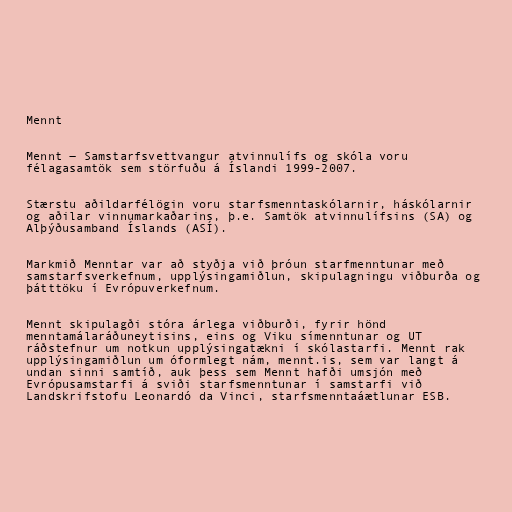
Mennt

Mennt ― Samstarfsvettvangur atvinnulífs og skóla voru
félagasamtök sem störfuðu á Íslandi 1999-2007.

Stærstu aðildarfélögin voru starfsmenntaskólarnir, háskólarnir
og aðilar vinnumarkaðarins, þ.e. Samtök atvinnulífsins (SA) og
Alþýðusamband Íslands (ASÍ).

Markmið Menntar var að styðja við þróun starfmenntunar með
samstarfsverkefnum, upplýsingamiðlun, skipulagningu viðburða og
þátttöku í Evrópuverkefnum.

Mennt skipulagði stóra árlega viðburði, fyrir hönd
menntamálaráðuneytisins, eins og Viku símenntunar og UT
ráðstefnur um notkun upplýsingatækni í skólastarfi. Mennt rak
upplýsingamiðlun um óformlegt nám, mennt.is, sem var langt á
undan sinni samtíð, auk þess sem Mennt hafði umsjón með
Evrópusamstarfi á sviði starfsmenntunar í samstarfi við
Landskrifstofu Leonardó da Vinci, starfsmenntaáætlunar ESB.